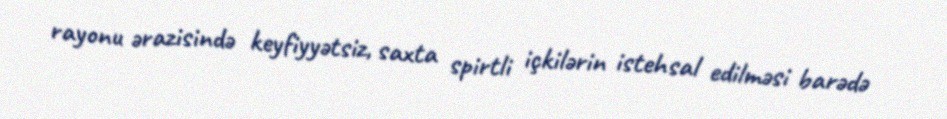
rayonu ərazisində keyfiyyətsiz, saxta spirtli içkilərin istehsal edilməsi barədə